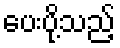
ပေးပို့သည့်